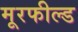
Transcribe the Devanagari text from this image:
मूरफील्ड